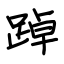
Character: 踔